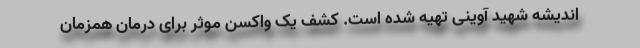
اندیشه شهید آوینی تهیه شده است. کشف یک واکسن موثر برای درمان همزمان